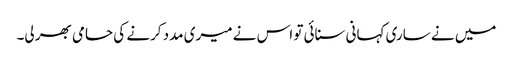
میں نے ساری کہانی سنائی تو اس نے میری مدد کرنے کی حامی بھر لی۔